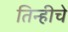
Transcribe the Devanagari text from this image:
तिन्हीचे